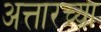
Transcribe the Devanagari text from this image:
अत्तारच्या